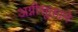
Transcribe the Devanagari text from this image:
अग्नीसूक्ताने